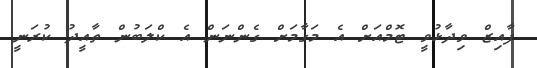
ފާއިޒް ވިދާޅުވީ ޓޮމްއަށް އެ މަގާމަށް ގެންނަން އެ ކްލަބުން ތާއީދު ކުރަނީ